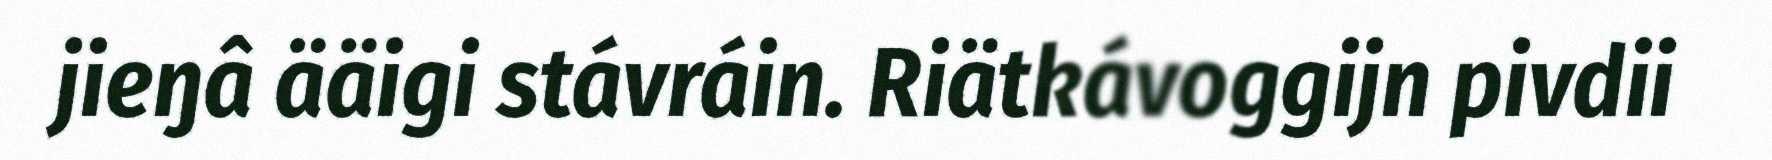
jieŋâ ääigi stávráin. Riätkávoggijn pivdii